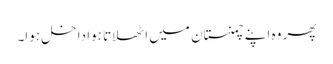
پھر وہ اپنے چمنستان میں اٹھلاتا ہوا داخل ہوا۔